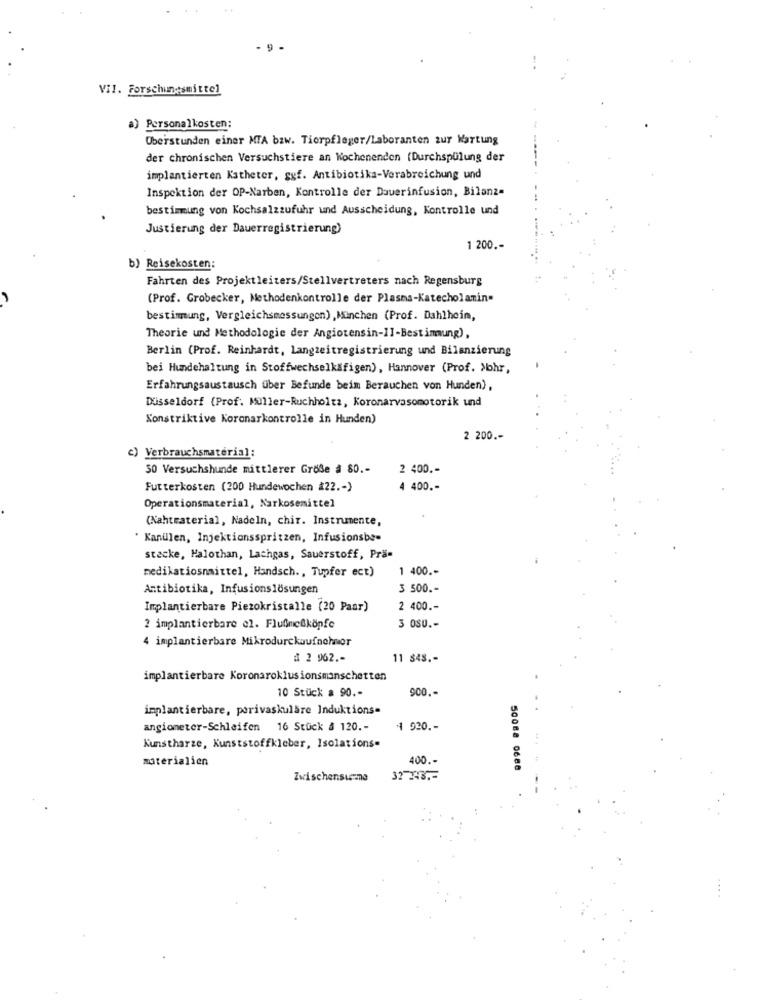
9.
VII. Forschungsmittel
Personalkosten:
Überstunden einer MTA bzw. Tierpfleger/Laboranten zur Wartung
der chronischen Versuchstiere an Wochenenden (Durchspülung der
implantierten Katheter, ggf. Antibiotika-Verabreichung und
Inspektion der OP-Narben, Kontrolle der Dauerinfusion, Bilanz-
bestimmung von Kochsalzzufuhr und Ausscheidung, Kontrolle und
Justierung der Dauerregistrierung)
1 200 .-
b) Reisekosten:
Fahrten des Projektleiters/Stellvertreters nach Regensburg
(Prof. Grobecker, Methodenkontrolle der Plasma-Katecholamin-
bestimmung, Vergleichsmessungen) , Minchen (Prof. Dahlheim,
Theorie und Methodologie der Angiotensin-11-Bestimmung),
Berlin (Prof. Reinhardt, Langzeitregistrierung und Bilanzierung
bei Hundehaltung in Stoffwechselkäfigen), Hannover (Prof. >bhr,
Erfahrungsaustausch über Befunde beim Berauchen von Hunden),
Düsseldorf (Prof. Müller-Ruchholtz, Koronarvasomotorik und
Konstriktive Koronarkontrolle in Hunden)
2 200 .-
c) Verbrauchsmaterial :
50 Versuchshunde mittlerer Größe # 80 .-
2 400 ,-
Futterkosten (200 Hundewochen #22 .- )
4 400 .-
Operationsmaterial, Narkosemittel
(Nahtmaterial, Nadeln, chir. Instrumente,
" Kanullen, Injektionsspritzen, Infusionsbe-
stecke, Halothan, Lachgas, Sauerstoff, Pra-
medikatiosnmittel, Handsch ., Tupfer ect)
1 400 .-
Antibiotika, Infusionslösungen
3 500 .-
Implantierbare Piezokristalle (20 Paar)
2 400 .-
3 OSO .-
? implantierbare el. Flußmeßköpfe
4 implantierbare Mikrodurckaufnehor
# 2 962 .-
11 848 .-
implantierbare Koronaroklusionsmanschetten
10 Stück a 90 .-
900. -
implantierbare, porivaskulare Induktions=
angiometer-Schleifen 16 Stück & 120 .-
1 920 .-
Kunstharze, Kunststoffkleber, Isolations=
materialien
400 .-
50088 0686
Zwischensume
32-343 .-